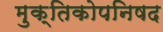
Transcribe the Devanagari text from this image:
मुक्तिकोपनिषद